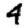
Digit: 4